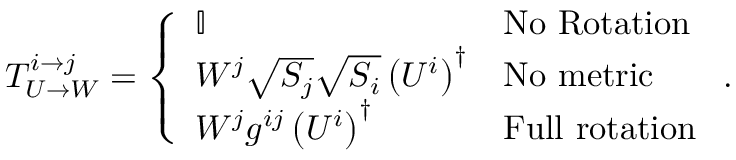
T _ { U \rightarrow W } ^ { i \rightarrow j } = \left\{ \begin{array} { l l } { \mathbb { I } } & { \mathrm { N o \ R o t a t i o n } } \\ { W ^ { j } \sqrt { S _ { j } } \sqrt { S _ { i } } \left( U ^ { i } \right) ^ { \dagger } } & { \mathrm { N o \ m e t r i c } } \\ { W ^ { j } g ^ { i j } \left( U ^ { i } \right) ^ { \dagger } } & { \mathrm { F u l l \ r o t a t i o n } } \end{array} \right. .